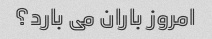
امروز باران می بارد؟